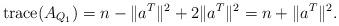
LaTeX: \begin{align*}\mathrm{trace}(A_{Q_{1}})=n- \| a^{T}\| ^2 +2\| a^{T}\| ^2 =n +\| a^{T}\| ^2.\end{align*}